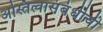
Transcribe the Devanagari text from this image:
अस्तित्वासंबंधीची